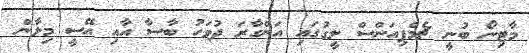
މާޓިނޯ ބުނީ ޗެމްޕިއަންސް ލީގުގައި އަންގާރަ ދުވަހު ބާސާ އާއި އޭސީ މިލާން